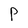
Character: P